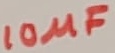
Text: 10µF